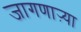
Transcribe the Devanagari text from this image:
जागणाऱ्या